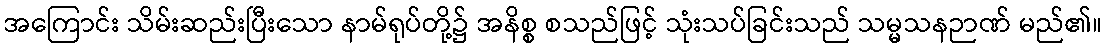
အကြောင်း သိမ်းဆည်းပြီးသော နာမ်ရုပ်တို့၌ အနိစ္စ စသည်ဖြင့် သုံးသပ်ခြင်းသည် သမ္မသနဉာဏ် မည်၏။